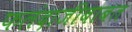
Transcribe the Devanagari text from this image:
फलंदाजीबाबत